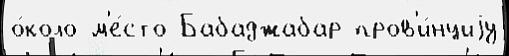
о́коло м'е́сто Бабаджабар пров'и́нциjу